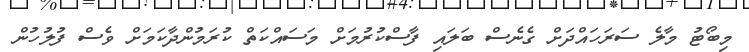
މިބޯޓު މާލެ ސަރަހައްދަށް ގެނެސް ބަލައި ފާސްކުރުމަށް މަސައްކަތް ކުރަމުންދާކަމަށް ވެސް ފުލުހުން